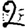
Digit: 2